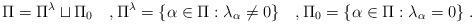
LaTeX: \begin{align*}\Pi=\Pi^{\lambda}\sqcup\Pi_0 \quad,\Pi^{\lambda}=\{\alpha\in\Pi:\lambda_\alpha\ne0\} \quad,\Pi_0=\{\alpha\in\Pi:\lambda_\alpha=0\} \;.\end{align*}